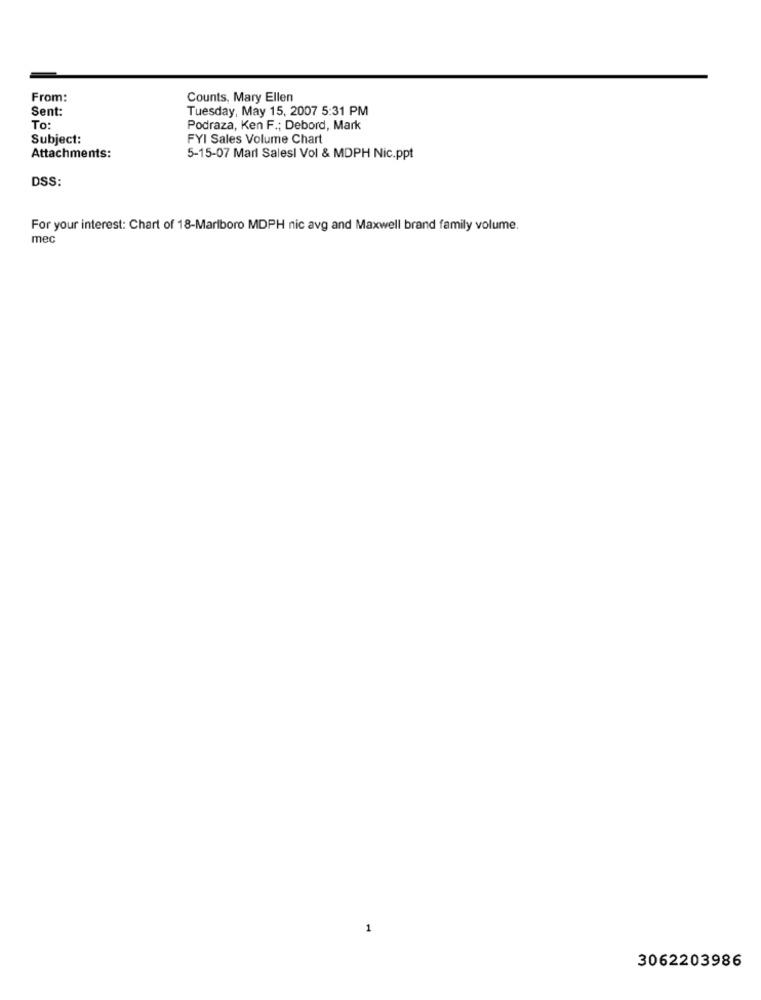
From:
Counts, Mary Ellen
Sent:
Tuesday, May 15, 2007 5:31 PM
To:
Podraza, Ken F .; Debord, Mark
Subject:
FYI Sales Volume Chart
Attachments:
5-15-07 Marl Salesl Vol & MDPH Nic.ppt
DSS:
For your interest: Chart of 18-Marlboro MDPH nic avg and Maxwell brand family volume.
mec
1
3062203986